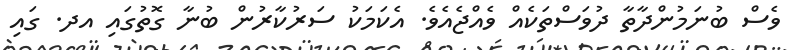
ވެސް ބުނަމުންދާތާ ދުވަސްތަކެއް ވެއްޖެއެވެ. އެކަމަކު ސަރުކާރުން ބުނާ ގޮތުގައި އދ. ގައި